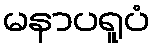
မနာပရူပံ